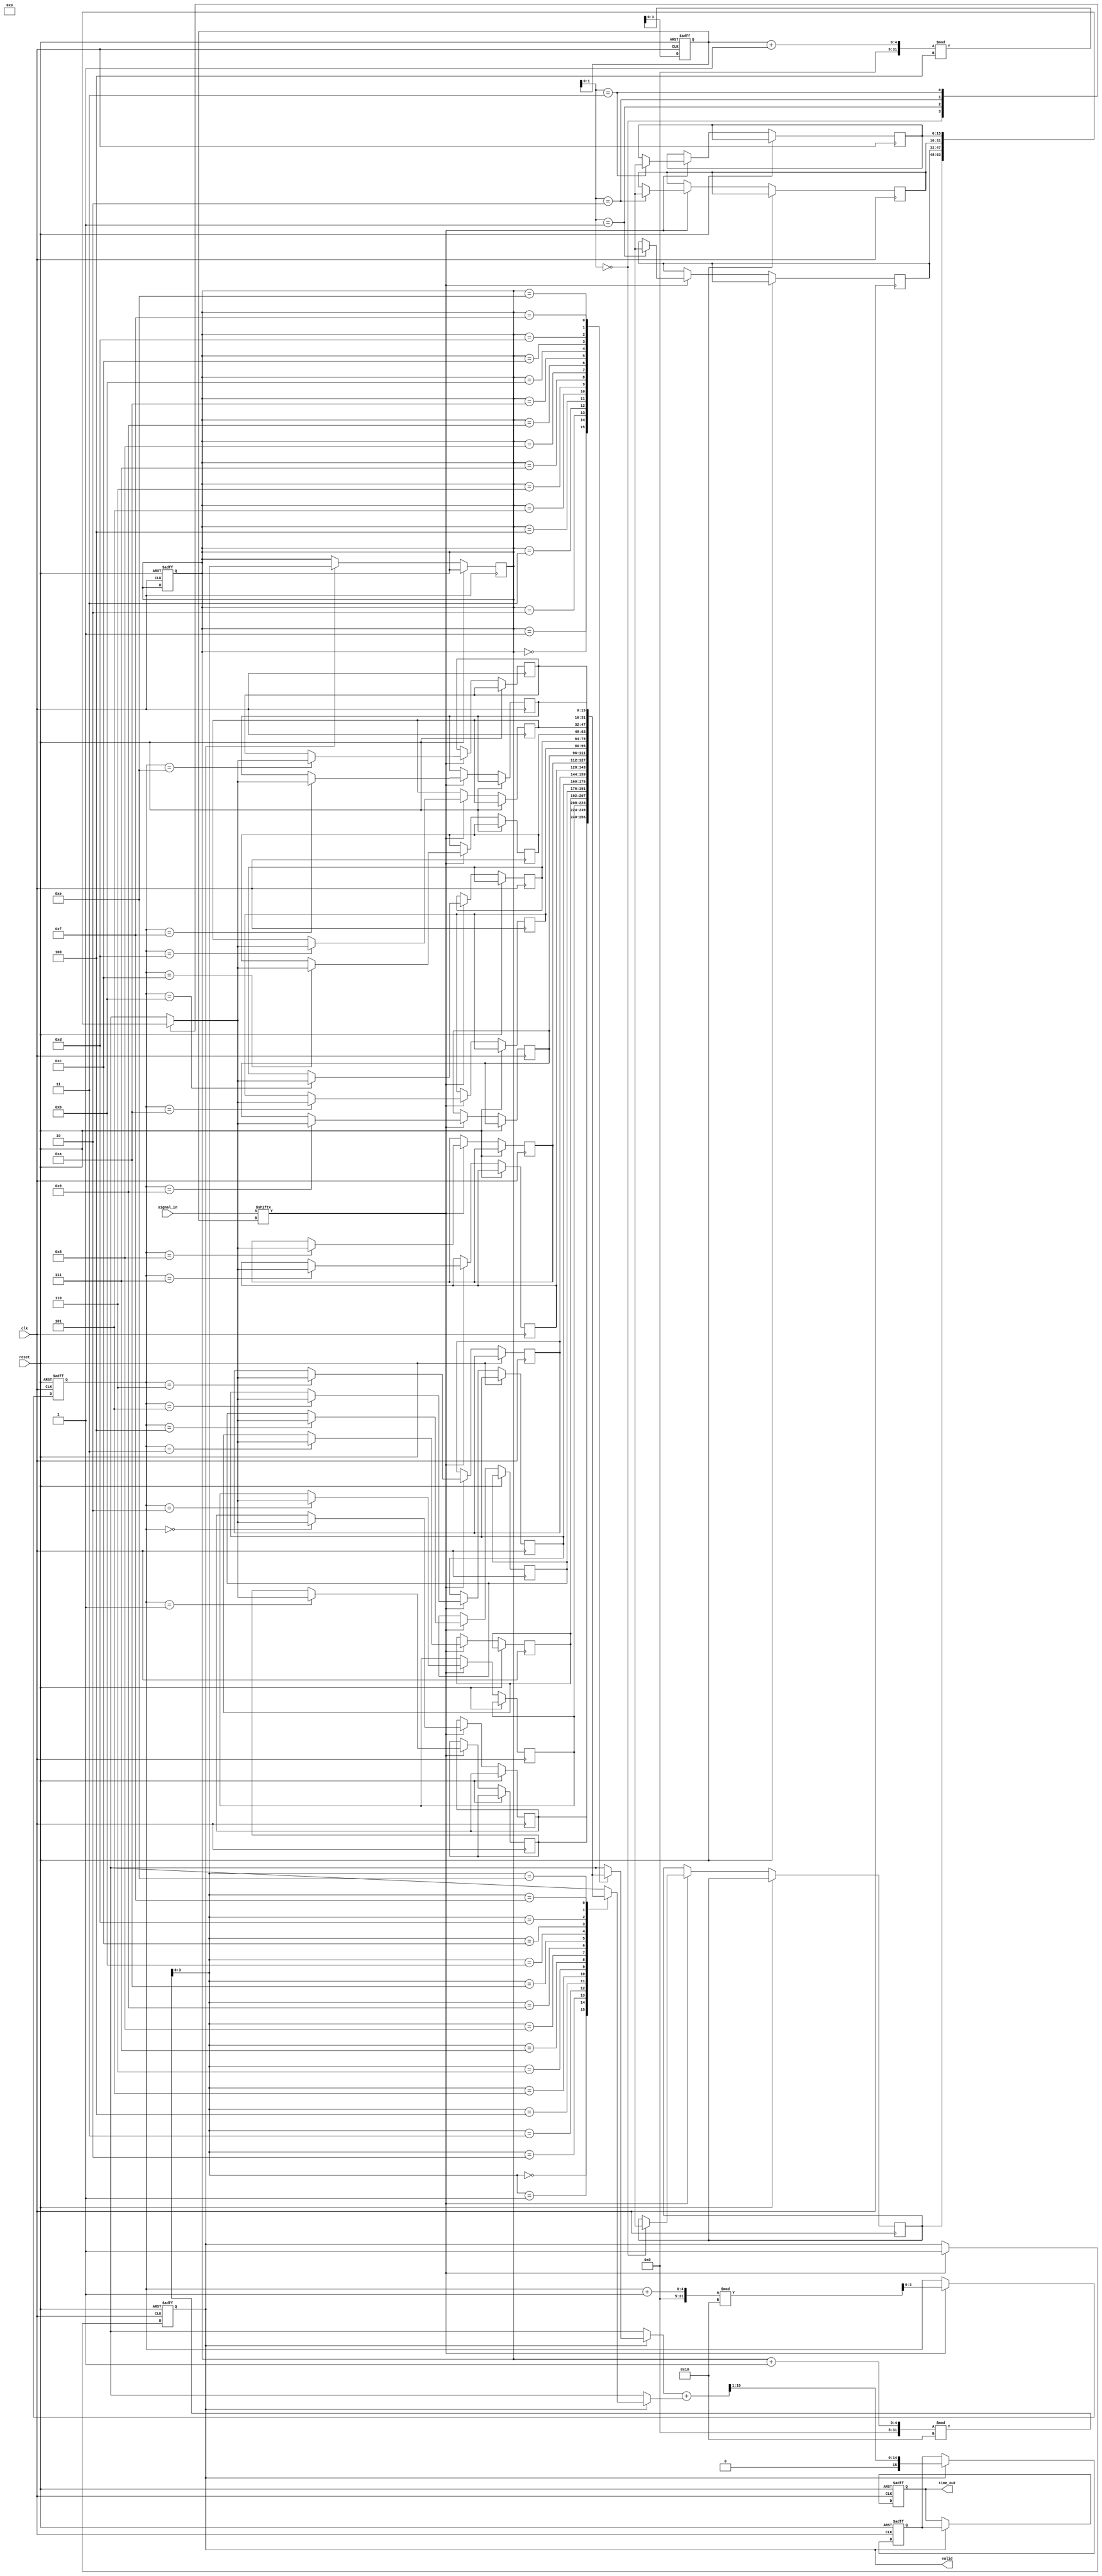
module TDC (
    input wire clk,                // High-frequency clock
    input wire reset,              // Reset signal
    input wire [N-1:0] signal_in,  // Input signal (N channels)
    output reg [M-1:0] time_out,   // Output time measurement
    output reg valid               // Output valid signal
);

parameter N = 4;                  // Number of TDC units (channels)
parameter M = 16;                 // Width of time measurement
parameter FIFO_DEPTH = 16;        // Depth of FIFO memory

// Internal signals
reg [M-1:0] time_measurements[N-1:0]; // Time measurements for each channel
reg [M-1:0] fifo[FIFO_DEPTH-1:0];      // FIFO memory for storing measurements
reg [3:0] fifo_write_ptr;               // FIFO write pointer
reg [3:0] fifo_read_ptr;                // FIFO read pointer
reg [3:0] channel_counter;               // Channel counter for interleaving
reg [M-1:0] interpolated_time;          // Interpolated time measurement

// Time Measurement Logic
always @(posedge clk or posedge reset) begin
    if (reset) begin
        // Reset logic
        valid <= 0;
        fifo_write_ptr <= 0;
        fifo_read_ptr <= 0;
        channel_counter <= 0;
    end else begin
        // Capture time measurements from each channel
        if (signal_in[channel_counter]) begin
            time_measurements[channel_counter] <= $time; // Capture time of signal edge
            fifo[fifo_write_ptr] <= time_measurements[channel_counter]; // Store in FIFO
            fifo_write_ptr <= (fifo_write_ptr + 1) % FIFO_DEPTH; // Circular FIFO
            valid <= 1; // Indicate valid output
        end
        
        // Increment channel counter for time interleaving
        channel_counter <= (channel_counter + 1) % N;
    end
end

// Data Processing Unit (Interpolation)
always @(posedge clk or posedge reset) begin
    if (reset) begin
        interpolated_time <= 0;
    end else if (valid) begin
        // Simple averaging for interpolation (can be replaced with more complex logic)
        interpolated_time <= (fifo[fifo_read_ptr] + fifo[(fifo_read_ptr + 1) % FIFO_DEPTH]) >> 1;
        fifo_read_ptr <= (fifo_read_ptr + 1) % FIFO_DEPTH; // Read from FIFO
    end
end

// Output Assignment
always @(posedge clk or posedge reset) begin
    if (reset) begin
        time_out <= 0;
    end else if (valid) begin
        time_out <= interpolated_time; // Output the interpolated time
    end
end

endmodule